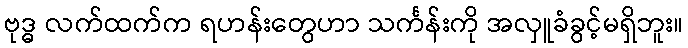
ဗုဒ္ဓ လက်ထက်က ရဟန်းတွေဟာ သင်္ကန်းကို အလှူခံခွင့်မရှိဘူး။